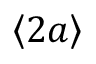
\left\langle 2 a \right\rangle